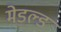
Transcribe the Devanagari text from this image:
मेडल्ड